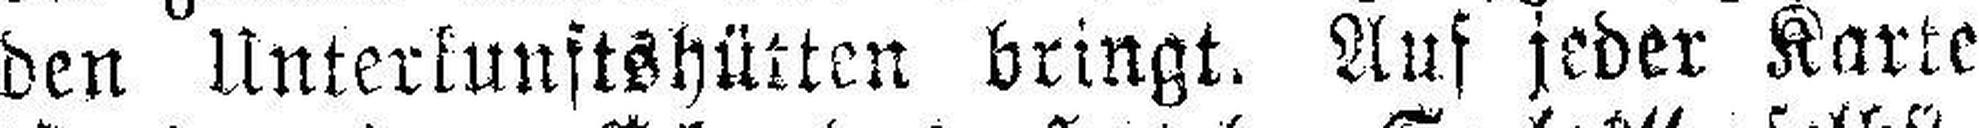
den Unterkunftshütten bringt. Auf jeder Karte